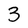
Character: 3